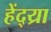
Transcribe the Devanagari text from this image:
हेंद्य्रा